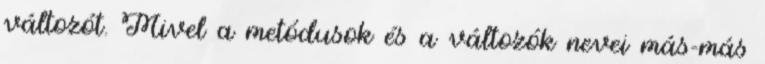
változót. Mivel a metódusok és a változók nevei más-más